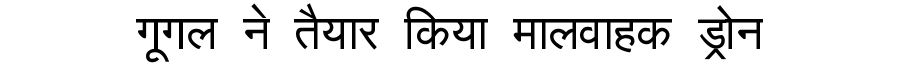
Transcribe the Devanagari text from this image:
गूगल ने तैयार किया मालवाहक ड्रोन